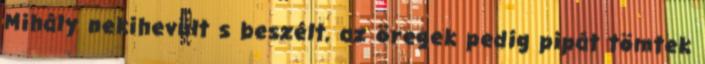
Mihály nekihevült s beszélt, az öregek pedig pipát tömtek